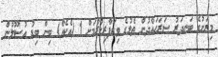
މިރަށުގެ ބަނދަރު ސަރަޙައްދުން ތެލުގެ ވިޔަފާރިކުރުމަށް 1 (އެކެއް) ބިން ބިޑު އުސޫލުން